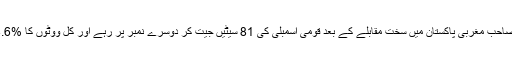
دوسری جانب بھُٹو صاحب مغربی پاکستان میں سخت مقابلے کے بعد قومی اسمبلی کی 81 سیٹیں جیت کر دوسرے نمبر پر رہے اور کُل ووٹوں کا %18.6 فیصد حاصل کیا۔